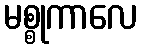
မစ္စုကာလေ